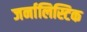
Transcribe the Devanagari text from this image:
जर्नालिस्टिक